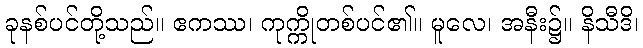
ခုနစ်ပင်တို့သည်။ ဧကဿ၊ ကုက္ကိုတစ်ပင်၏။ မူလေ၊ အနီး၌။ နိသီဒိ၊